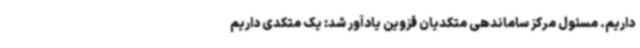
داریم. مسئول مرکز ساماندهی متکدیان قزوین یادآور شد: یک متکدی داریم